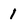
Character: 1